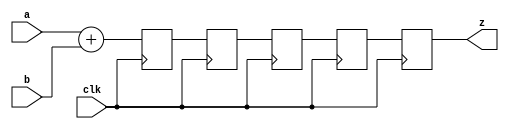
module addshift16 (clk, a, b, z);
	input clk;
	input [15:0] a;
	input [15:0] b;
	output [16:0] z;

	reg [16:0] z;
	
	reg [16:0] z_1;
	reg [16:0] z_2;
	reg [16:0] z_3;
	reg [16:0] z_4;
	
	wire [16:0] aplusb;
	
	always @ (posedge clk) begin

			z_1 <= aplusb;
			z_2 <= z_1;
			z_3 <= z_2;
			z_4 <= z_3;
			z <= z_4;
	end
	
	assign aplusb = a+b;
	
endmodule